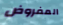
المفروض